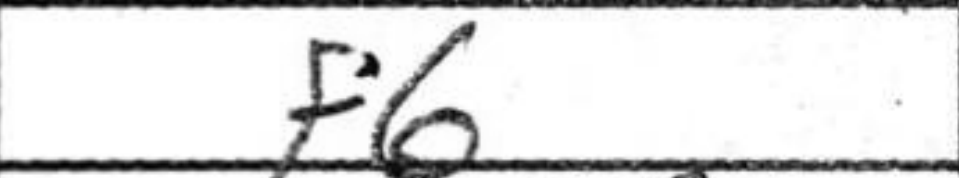
Transcription: f6